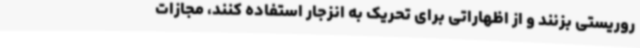
روریستی بزنند و از اظهاراتی برای تحریک به انزجار استفاده کنند، مجازات